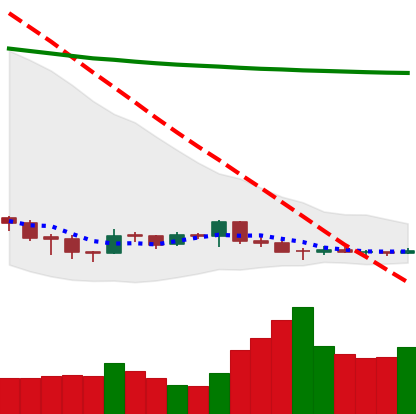
Ticker: DOGE-USD
Chart end date: 2018-12-12
Forward return: 19.99%
Label: up_7plus